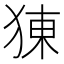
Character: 𤟈